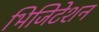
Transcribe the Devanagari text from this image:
भिजिटेशन